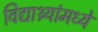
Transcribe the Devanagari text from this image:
विद्याथ्र्यांमध्ये